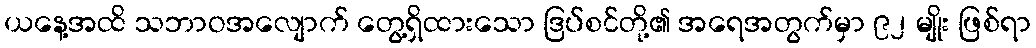
ယနေ့အထိ သဘာဝအလျောက် တွေ့ရှိထားသော ဒြပ်စင်တို့၏ အရေအတွက်မှာ ၉၂ မျိုး ဖြစ်ရာ